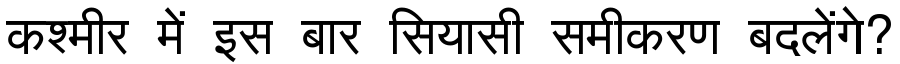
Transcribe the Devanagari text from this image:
कश्मीर में इस बार सियासी समीकरण बदलेंगे?